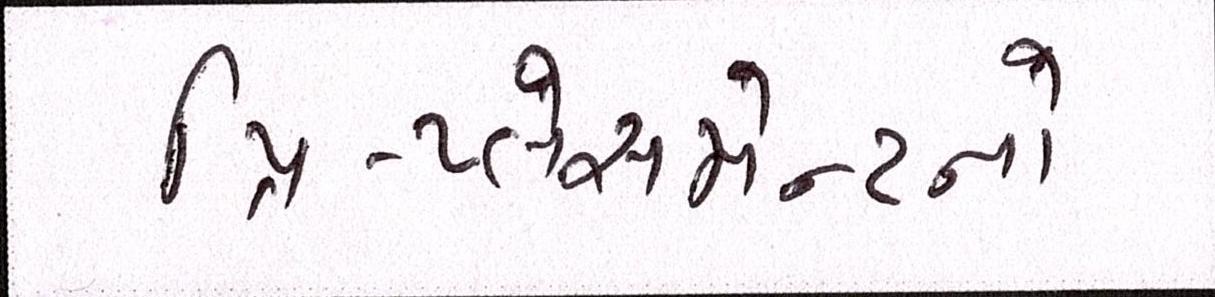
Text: પ્રિ-પ્લેસમેન્ટનો